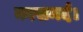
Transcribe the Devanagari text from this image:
कासमर्द।